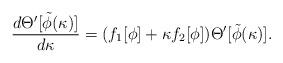
LaTeX: \begin{align*}{{d\Theta^\prime[\tilde\phi(\kappa)]}\over{d\kappa}}=(f_1[\phi]+\kappa f_2[\phi])\Theta^\prime[\tilde\phi(\kappa)].\end{align*}